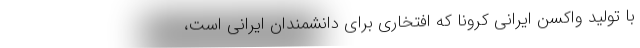
با تولید واکسن ایرانی کرونا که افتخاری برای دانشمندان ایرانی است،